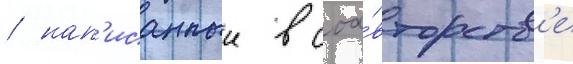
/ нап'исанныи в соа́вторств'е